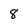
Character: 8